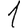
Digit: 1